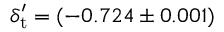
{ \delta _ { \mathrm { t } } ^ { \prime } } = ( - 0 . 7 2 4 \pm 0 . 0 0 1 )